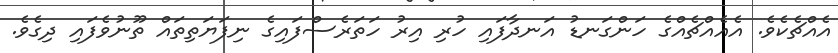
އެއްޗެކެވެ. އެއެއްޗެއްގެ ހަންގަނޑު އަނދާފައި ހުރި އިރު ހަތަރެސްފައިގެ ނިފަޔަތިތައް ތޫނުވެފައި ދިގެވެ.